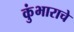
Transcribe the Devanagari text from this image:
कुंभाराचे